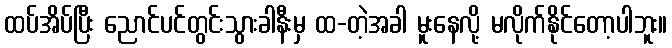
ထပ်အိပ်ပြီး ညောင်ပင်တွင်းသွားခါနီးမှ ထ-တဲ့အခါ မူးနေလို့ မလိုက်နိုင်တော့ပါဘူး။